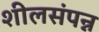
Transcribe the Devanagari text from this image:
शीलसंपन्न